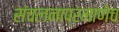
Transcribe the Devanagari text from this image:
संचलनाप्रमाणेच